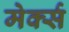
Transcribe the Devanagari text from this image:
मेर्क्स